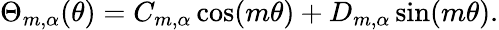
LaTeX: \Theta_{m,\alpha}(\theta)=C_{m,\alpha}\cos(m\theta)+D_{m,\alpha}\sin(m\theta).